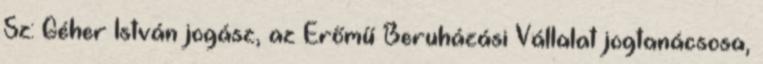
Sz: Géher István jogász, az Erőmű Beruházási Vállalat jogtanácsosa,